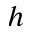
h